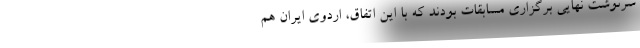
سرنوشت نهایی برگزاری مسابقات بودند که با این اتفاق، اردوی ایران هم